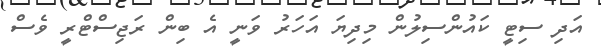
އަދި ސިޓީ ކައުންސިލުން މިދިޔަ އަހަރު ވަނީ އެ ބިން ރަޖިސްޓްރީ ވެސް